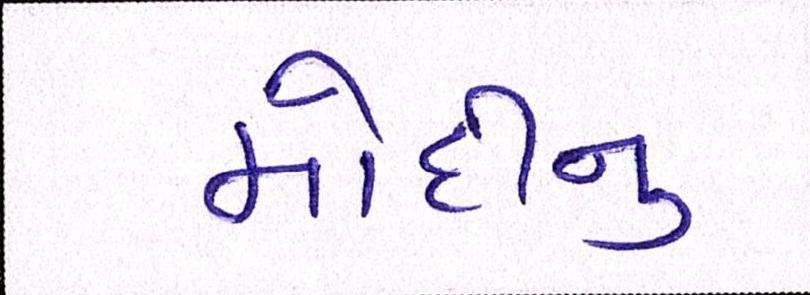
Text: મોદીનુ